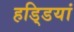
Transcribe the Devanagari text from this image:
हडि्डयां